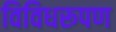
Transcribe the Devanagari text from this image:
विविधरूपण